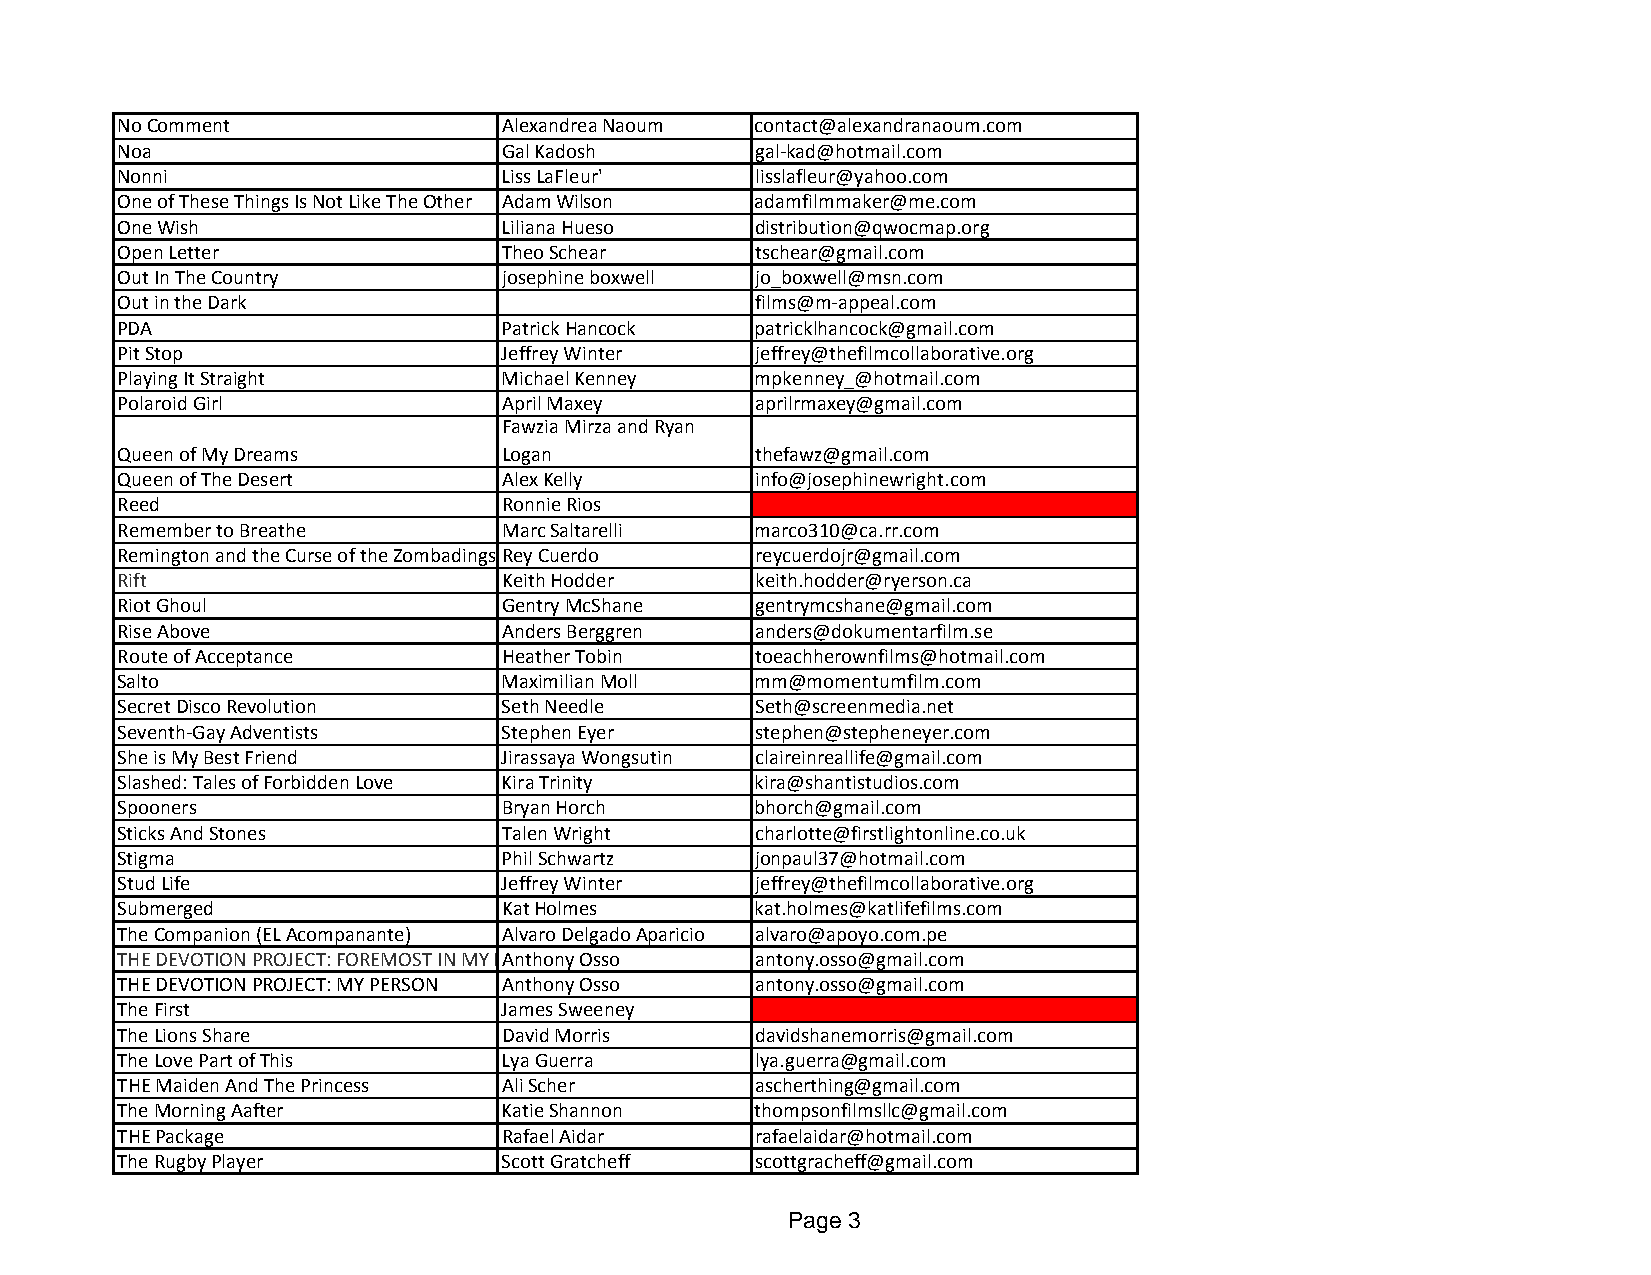
No Comment               Alexandrea Naoum contact@alexandranaoum.com
 Noa                      Gal Kadosh       gal‐kad@hotmail.com
 Nonni                    Liss LaFleur'    lisslafleur@yahoo.com
 One of These Things Is Not Like The Other Adam Wilson adamfilmmaker@me.com
 One Wish                 Liliana Hueso    distribution@qwocmap.org
 Open Letter              Theo Schear      tschear@gmail.com
 Out In The Country       josephine boxwell jo_boxwell@msn.com
 Out in the Dark                           films@m‐appeal.com
 PDA                      Patrick Hancock  patricklhancock@gmail.com
 Pit Stop                 Jeffrey Winter   jeffrey@thefilmcollaborative.org
 Playing It Straight      Michael Kenney   mpkenney_@hotmail.com
 Polaroid Girl            April Maxey      aprilrmaxey@gmail.com
 Fawzia Mirza and Ryan
 Queen of My Dreams       Logan            thefawz@gmail.com
 Queen of The Desert      Alex Kelly       info@josephinewright.com
 Reed                     Ronnie Rios
 Remember to Breathe      Marc Saltarelli  marco310@ca.rr.com
 Remington and the Curse of the ZombadingsRey Cuerdo reycuerdojr@gmail.com
 Rift                     Keith Hodder     keith.hodder@ryerson.ca
 Riot Ghoul               Gentry McShane   gentrymcshane@gmail.com
 Rise Above               Anders Berggren  anders@dokumentarfilm.se
 Route of Acceptance      Heather Tobin    toeachherownfilms@hotmail.com
 Salto                    Maximilian Moll  mm@momentumfilm.com
 Secret Disco Revolution  Seth Needle      Seth@screenmedia.net
 Seventh‐Gay Adventists   Stephen Eyer     stephen@stepheneyer.com
 She is My Best Friend    Jirassaya Wongsutin claireinreallife@gmail.com
 Slashed: Tales of Forbidden Love Kira Trinity kira@shantistudios.com
 Spooners                 Bryan Horch      bhorch@gmail.com
 Sticks And Stones        Talen Wright     charlotte@firstlightonline.co.uk
 Stigma                   Phil Schwartz    jonpaul37@hotmail.com
 Stud Life                Jeffrey Winter   jeffrey@thefilmcollaborative.org
 Submerged                Kat Holmes       kat.holmes@katlifefilms.com
 The Companion (EL Acompanante) Alvaro Delgado Aparicio alvaro@apoyo.com.pe
 THE DEVOTION PROJECT: FOREMOST IN MY MAnthony Osso antony.osso@gmail.com
 THE DEVOTION PROJECT: MY PERSON Anthony Osso antony.osso@gmail.com
 The First                James Sweeney
 The Lions Share          David Morris     davidshanemorris@gmail.com
 The Love Part of This    Lya Guerra       lya.guerra@gmail.com
 THE Maiden And The Princess Ali Scher     ascherthing@gmail.com
 The Morning Aafter       Katie Shannon    thompsonfilmsllc@gmail.com
 THE Package              Rafael Aidar     rafaelaidar@hotmail.com
 The Rugby Player         Scott Gratcheff  scottgracheff@gmail.com
 Page 3